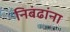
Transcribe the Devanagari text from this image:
निबंढांना